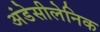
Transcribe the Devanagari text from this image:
अंडेसीलेनिक